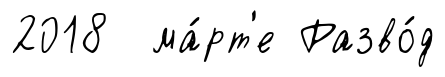
2018 ма́рт'е Разво́д